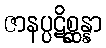
ဇာနပ္ပဋိစ္ဆန္နာ